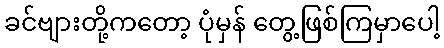
ခင်ဗျားတို့ကတော့ ပုံမှန် တွေ့ဖြစ်ကြမှာပေါ့